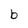
Character: b